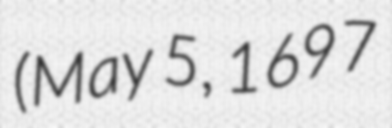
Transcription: (May 5, 1697